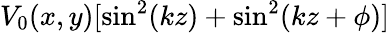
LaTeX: V_{0}(x,y)[\sin^{2}(kz)+\sin^{2}(kz+\phi)]